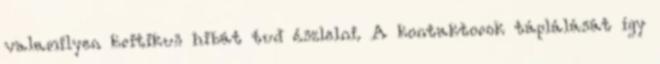
valamilyen kritikus hibát tud észlelni. A kontaktorok táplálását így